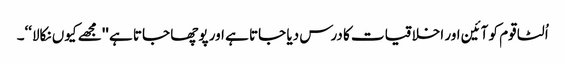
اُلٹا قوم کو آئین اور اخلاقیات کا درس دیا جاتا ہے اور پوچھا جاتا ہے ''مجھے کیوں نکالا‘‘۔